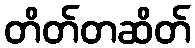
တိတ်တဆိတ်